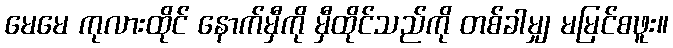
မေမေ ကုလားထိုင် နောက်မှီကို မှီထိုင်သည်ကို တစ်ခါမျှ မမြင်စဖူး။